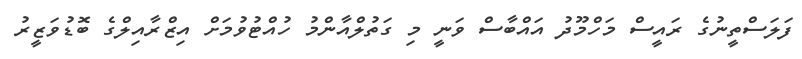
ފަލަސްތީނުގެ ރައީސް މަހްމޫދު އައްބާސް ވަނީ މި ގަތުލްއާންމު ހުއްޓުވުމަށް އިޒްރާއިލްގެ ބޮޑުވަޒީރު